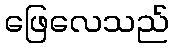
ဖြေလေသည်